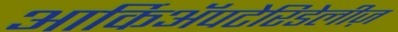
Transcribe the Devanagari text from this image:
आर्किॲपटेरिडेलीज़